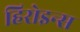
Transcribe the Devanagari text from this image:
हिरोइन्स